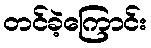
တင်ခဲ့ကြောင်း